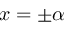
x = \pm \alpha